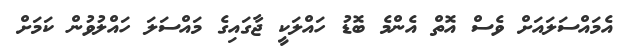
އެމައްސަލައަށް ވެސް އޮތް އެންމެ ބޮޑު ހައްލަކީ ޖާގައިގެ މައްސަލަ ހައްލުވުން ކަމަށް